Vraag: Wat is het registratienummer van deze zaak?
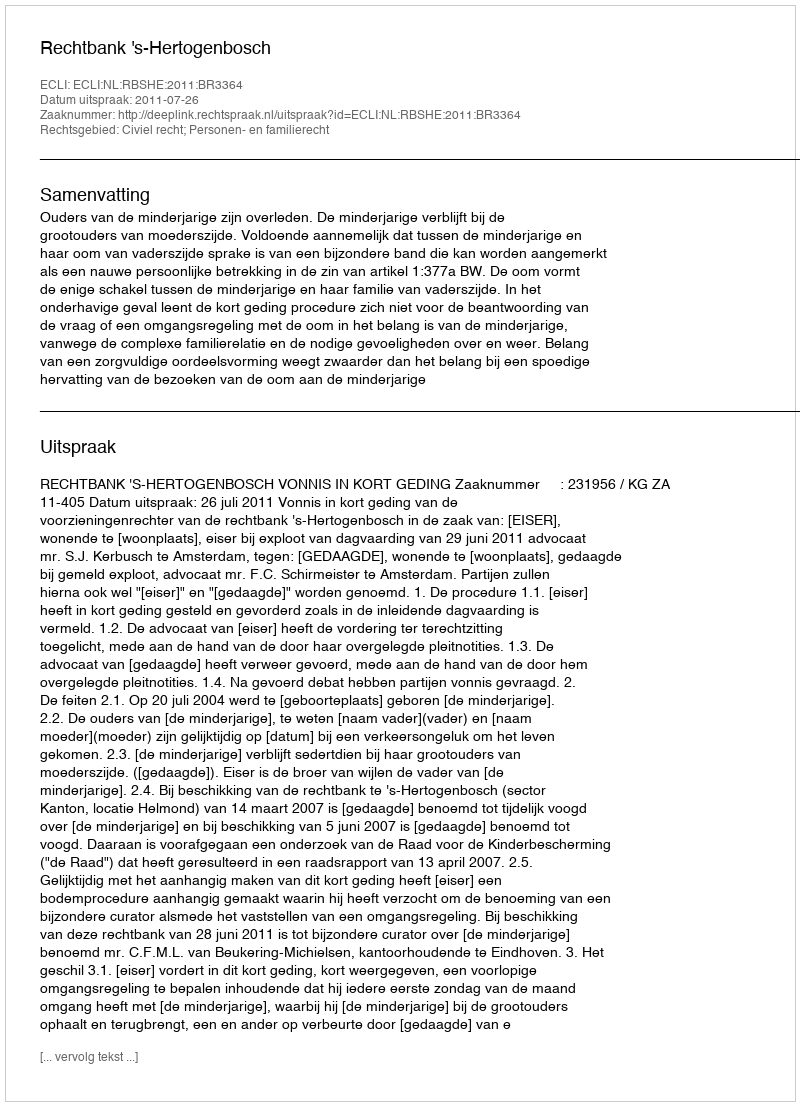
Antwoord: http://deeplink.rechtspraak.nl/uitspraak?id=ECLI:NL:RBSHE:2011:BR3364